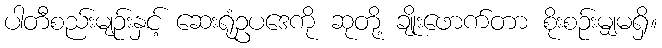
ပါတီစည်းမျဉ်းနှင့် ဆေးရုံဥပဒေကို ဆုတို့ ချိုးဖောက်တာ စိုးစဉ်းမျှမရှိ။